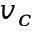
v _ { c }